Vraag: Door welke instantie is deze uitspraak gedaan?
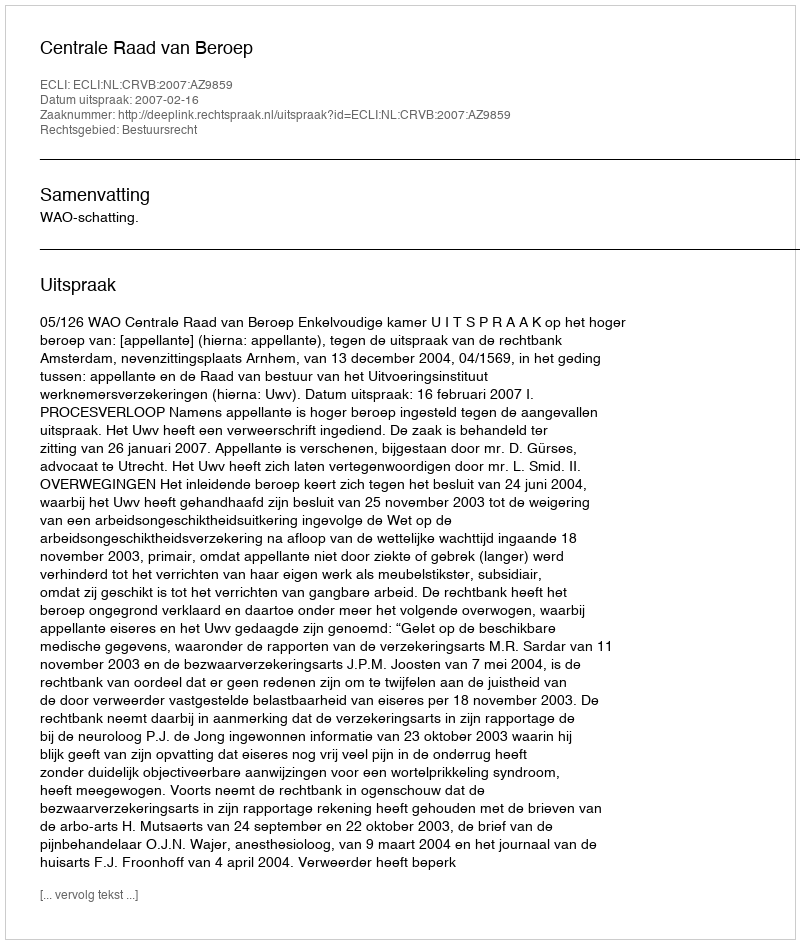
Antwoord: Centrale Raad van Beroep